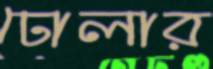
ঢোলার